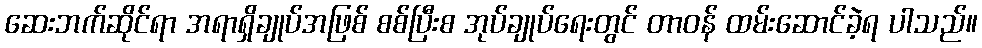
ဆေးဘက်ဆိုင်ရာ အရာရှိချုပ်အဖြစ် စစ်ပြီးစ အုပ်ချုပ်ရေးတွင် တာဝန် ထမ်းဆောင်ခဲ့ရ ပါသည်။